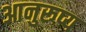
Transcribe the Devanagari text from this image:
आनुरूप्य